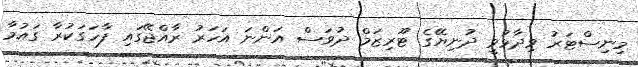
މިނިސްޓަރު ވިދާޅުވީ ދުނިޔޭގެ ޓޫރިޒަަމް ދުވަސް އަންނަ އަހަރު ރާއްޖޭގައި ފާހަގަކުރާ ގައުމާ